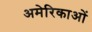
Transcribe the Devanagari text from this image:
अमेरिकाओं